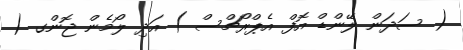
( ސަދަން ލޭންޑް އޮފް އެޕްރޯޗްސް ) އަދި ލޯމެން ޖޮންގ (